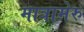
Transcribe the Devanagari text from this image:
मात्रामेरु